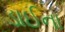
ડાઈના